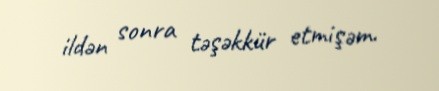
ildən sonra təşəkkür etmişəm.